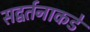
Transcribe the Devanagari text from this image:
सद्वर्तनाकडे